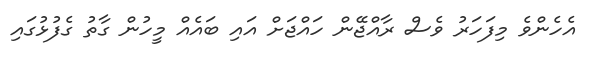
އެހެންވެ މިފަހަރު ވެސް ރާއްޖޭން ހައްޖަށް އައި ބައެއް މީހުން ގާތު ގެފުޅުގައި